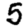
Digit: 5